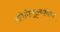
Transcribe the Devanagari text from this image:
संवेदीमूल्यांकन